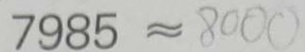
7 9 8 5 \approx 8 0 0 0